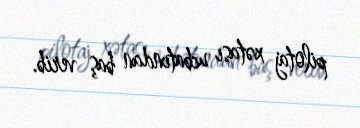
pilotaj xətası ucbatından baş verib.